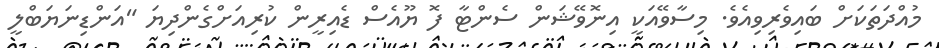
މުއްދަތަކަށް ބައިވެރިވިއެވެ. މިސާވޭއަކީ އިނޮވޭޝަން ސެންޓާ ފޮ ޔޫއެސް ޑެއިރީން ކުރިއަށްގެންދިޔަ "އަންޑިނަޔަބްލީ